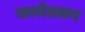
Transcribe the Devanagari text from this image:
कानेतकर